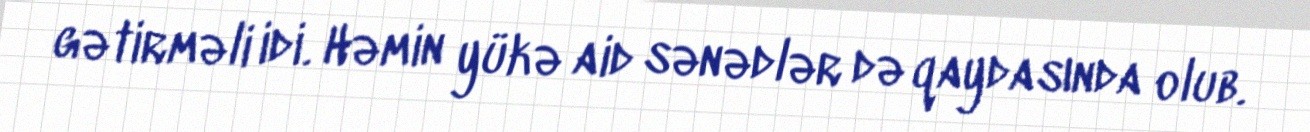
gətirməli idi. Həmin yükə aid sənədlər də qaydasında olub.